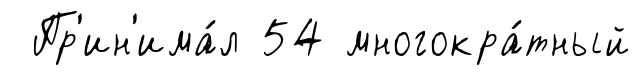
Пр'ин'има́л 54 многокра́тный